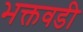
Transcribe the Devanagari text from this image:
भक्तवडी